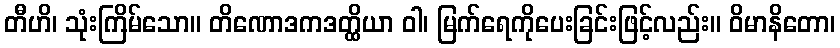
တီဟိ၊ သုံးကြိမ်သော။ တိဏောဒကဒတ္ထိယာ ဝါ၊ မြက်ရေကိုပေးခြင်းဖြင့်လည်း။ ဝိမာနိတော၊